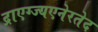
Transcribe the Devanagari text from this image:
द्राएग्ज्यएनेरतेद